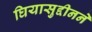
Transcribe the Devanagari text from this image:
घियासुद्दीनने